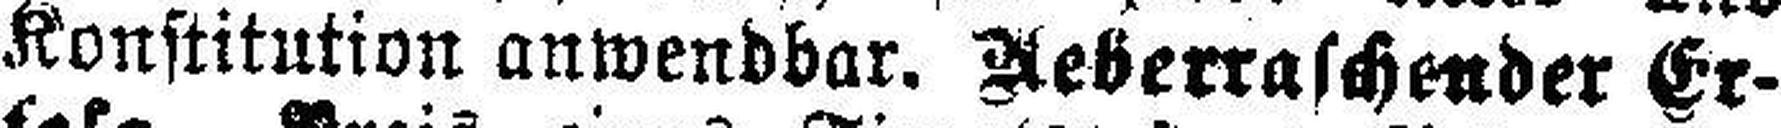
Konstitution anwendbar. Aeberraschender Er¬